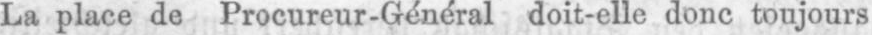
La place de Procureur-Général doit-elle donc toujours